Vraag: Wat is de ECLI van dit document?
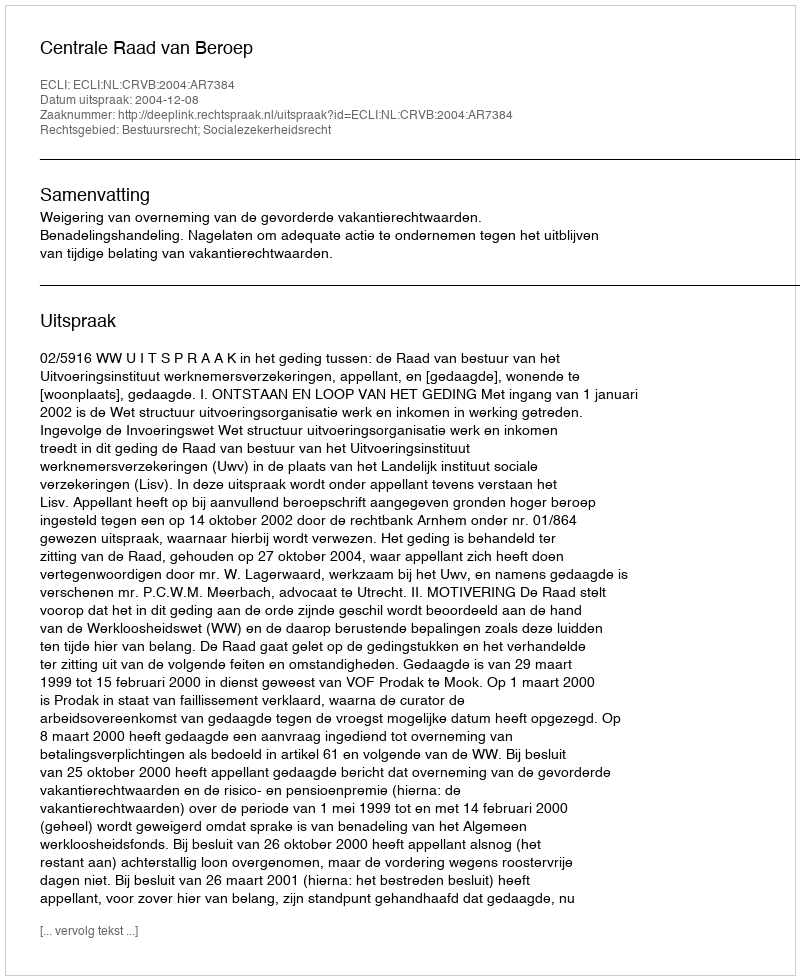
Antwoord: ECLI:NL:CRVB:2004:AR7384